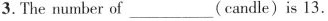
3. The number of ___ (candle) is 13.